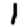
Digit: 1